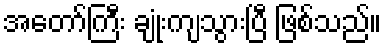
အတော်ကြီး ချုံးကျသွားပြီ ဖြစ်သည်။